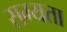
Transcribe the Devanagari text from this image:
सम्यता